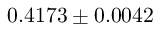
0 . 4 1 7 3 \pm 0 . 0 0 4 2